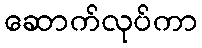
ဆောက်လုပ်ကာ